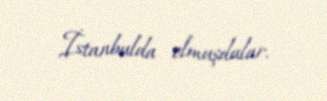
İstanbulda olmuşdular.